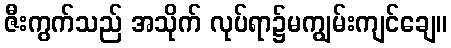
ဇီးကွက်သည် အသိုက် လုပ်ရာ၌မကျွမ်းကျင်ချေ။